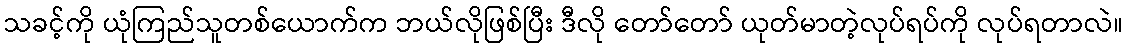
သခင့်ကို ယုံကြည်သူတစ်ယောက်က ဘယ်လိုဖြစ်ပြီး ဒီလို တော်တော် ယုတ်မာတဲ့လုပ်ရပ်ကို လုပ်ရတာလဲ။